Malaria in the Punjab - Number 46
Disease focus: Malaria
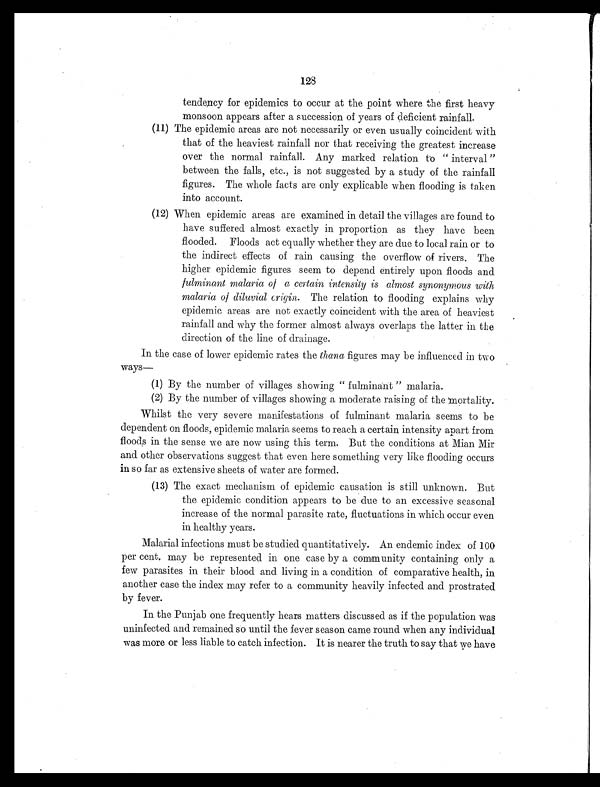
128
tendency for epidemics to occur at the point where the first heavy
monsoon appears after a succession of years of deficient rainfall.
(11) The epidemic areas are not necessarily or even usually coincident with
that of the heaviest rainfall nor that receiving the greatest increase
over the normal rainfall. Any marked relation to " interval "
between the falls, etc., is not suggested by a study of the rainfall
figures. The whole facts are only explicable when flooding is taken
into account.
(12) When epidemic areas are examined in detail the villages are found to
have suffered almost exactly in proportion as they have been
flooded. Floods act equally whether they are due to local rain or to
the indirect effects of rain causing the overflow of rivers. The
higher epidemic figures seem to depend entirely upon floods and
fulminant malaria of a certain intensity is almost synonymous with
malaria of diluvial crigin. The relation to flooding explains why
epidemic areas are not exactly coincident with the area of heaviest
rainfall and why the former almost always overlaps the latter in the
direction of the line of drainage.
In the case of lower epidemic rates the thana figures may be influenced in two
ways—
( 1 ) B y t h e n u m b e r o f v i l l a g e s s h o w i n g " f u l m i n a n t " m a l a r i a .
( 2 ) B y t h e n u m b e r o f v i l l a g e s s h o w i n g a m o d e r a t e r a i s i n g o f t h e m o r t a l i t y .
Whilst the very severe manifestations of fulminant malaria seems to be
dependent on floods, epidemic malaria seems to reach a certain intensity apart from
floods in the sense we are now using this term. But the conditions at Mian Mir
and other observations suggest that even here something very like flooding occurs
in so far as extensive sheets of water are formed.
(13) The exact mechanism of epidemic causation is still unknown. But
the epidemic condition appears to be due to an excessive seasonal
increase of the normal parasite rate, fluctuations in which occur even
in healthy years.
Malarial infections must be studied quantitatively. An endemic index of 100
per cent. may be represented in one case by a community containing only a
few parasites in their blood and living in a condition of comparative health, in
another case the index may refer to a community heavily infected and prostrated
by fever.
In the Punjab one frequently hears matters discussed as if the population was
uninfected and remained so until the fever season came round when any individual
was more or less liable to catch infection. It is nearer the truth to say that we have